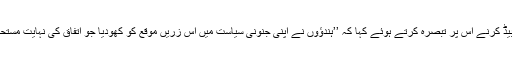
ڈاکٹر بابا صاحب امبیڈ کرنے اس پر تبصرہ کرتے ہوئے کہا کہ ’’ہندؤوں نے اپنی جنونی سیاست میں اس زریں موقع کو کھودیا جو اتفاق کی نہایت مستحکم بنیاد بن سکتا تھا۔